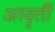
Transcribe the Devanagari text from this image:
आवृर्ती